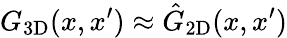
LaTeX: {{G}_{\mathrm{3D}}(x,x^{\prime})\approx\hat{G}_{\mathrm{2D}}(x,x^{\prime})}